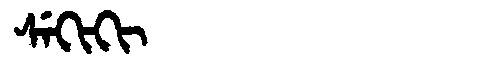
Manchu: ᠰᡝᡴᡳᡴᡳ
Romanization: SEKIKI